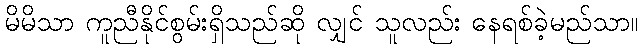
မိမိသာ ကူညီနိုင်စွမ်းရှိသည်ဆို လျှင် သူလည်း နေရစ်ခဲ့မည်သာ။